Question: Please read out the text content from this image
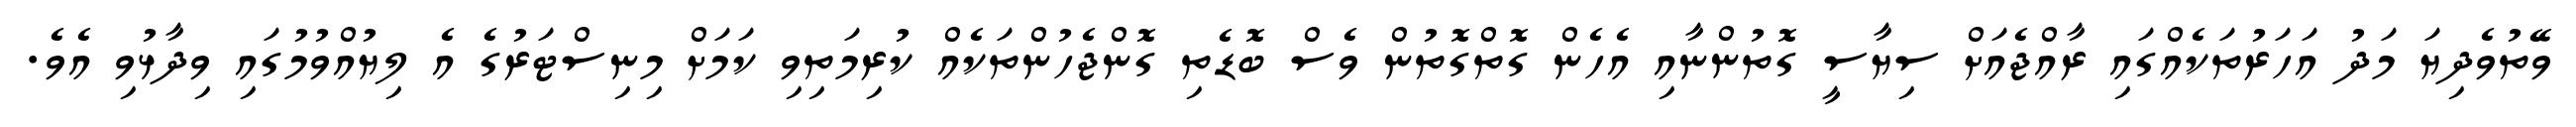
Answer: ވޭތުވެދިޔަ މަދު އަހަރުތަކެއްގައި ރާއްޖެއަށް ސިޔާސީ ގޮތުންނާއި އެހެން ގޮތްގޮތުން ވެސް ބޮޑެތި ގޮންޖެހުންތަކެއް ކުރިމަތިވި ކަމަށް މިނިސްޓަރުގެ އެ ލިޔުއްވުމުގައި ވިދާޅުވި އެވެ.